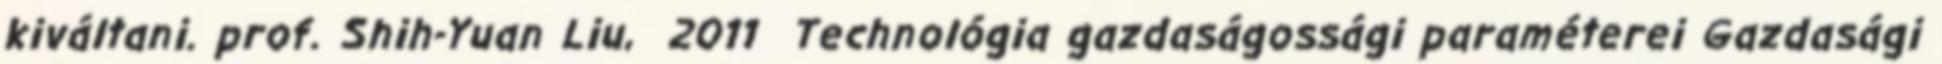
kiváltani. prof. Shih-Yuan Liu, 2011 Technológia gazdaságossági paraméterei Gazdasági